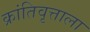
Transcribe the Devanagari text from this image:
क्रांतिवृत्ताला